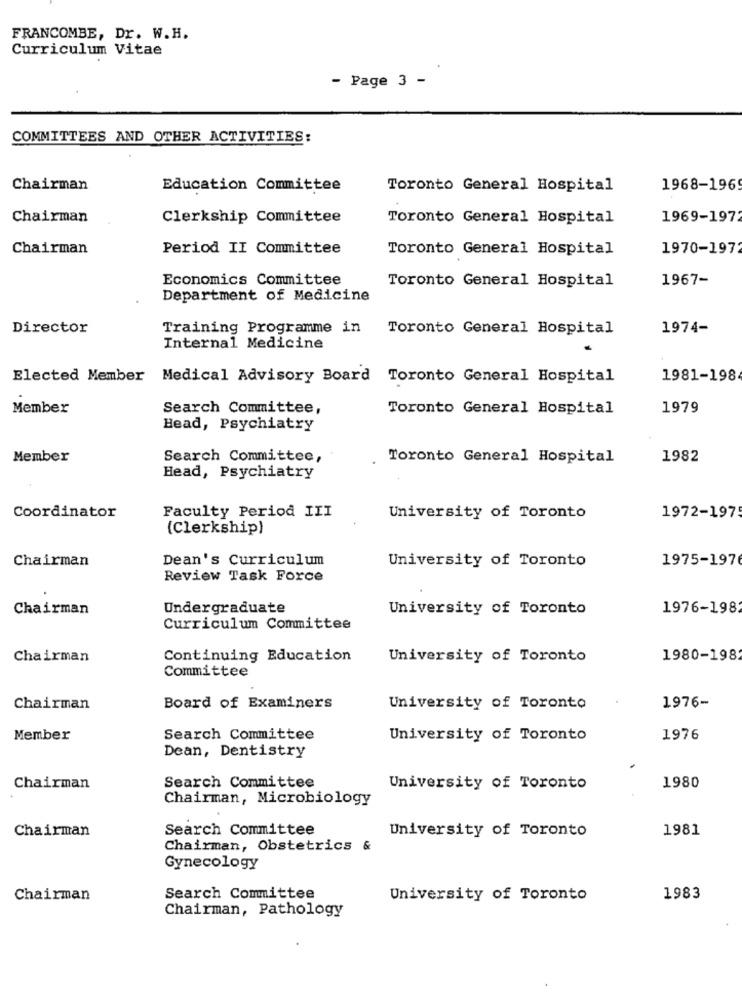
FRANCOMBE, Dr. W.H.
Curriculum Vitae
- Page 3 -
COMMITTEES AND OTHER ACTIVITIES:
Chairman
Education Committee
Toronto General Hospital
1968-1969
Chairman
Clerkship Committee
Toronto General Hospital
1969-1972
Chairman
Period II Committee
Toronto General Hospital
1970-197
Economics Committee
Toronto General Hospital
1967-
Department of Medicine
Director
Training Programme in
Toronto General Hospital
1974-
Internal Medicine
Elected Member Medical Advisory Board Toronto General Hospital
1981-198
Member
Search Committee,
Toronto General Hospital
1979
Head, Psychiatry
Member
Search Committee,
Toronto General Hospital
1982
Head, Psychiatry
Coordinator
Faculty Period III
University of Toronto
1972-197
(Clerkship)
Chairman
Dean's Curriculum
University of Toronto
1975-197
Review Task Force
Chairman
Undergraduate
University of Toronto
1976-198
Curriculum Committee
Chairman
Continuing Education
University of Toronto
1980-198
Committee
Chairman
Board of Examiners
University of Toronto
1976-
Member
Search Committee
University of Toronto
1976
Dean, Dentistry
Search Committee
Chairman
University of Toronto
1980
Chairman, Microbiology
Chairman
Search Committee
University of Toronto
1981
Chairman, Obstetrics &
Gynecology
Chairman
Search Committee
University of Toronto
1983
Chairman, Pathology